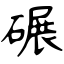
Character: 碾